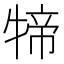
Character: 𤚢